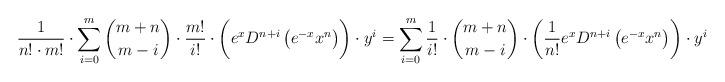
LaTeX: \begin{align*}\frac{1}{n!\cdot m!}\cdot\sum_{i=0}^{m} \binom{m+n}{m-i}\cdot \frac{m!}{i!}\cdot \biggl(e^x D^{n+i}\left( e^{-x} x^n\right)\biggr)\cdot y^{i} =\sum_{i=0}^{m}\frac{1}{i!}\cdot \binom{m+n}{m-i}\cdot \biggl(\frac{1}{n!} e^x D^{n+i}\left( e^{-x} x^n\right)\biggr)\cdot y^{i}\end{align*}